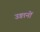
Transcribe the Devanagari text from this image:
उङानों